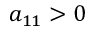
a _ { 1 1 } > 0